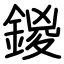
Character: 鍐